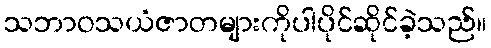
သဘာဝသယံဇာတများကိုပါပိုင်ဆိုင်ခဲ့သည်။